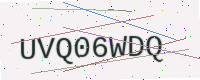
Text: UVQ06WDQ